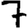
Digit: 7